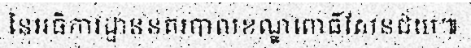
នៃអធិការដ្ឋាននគរបាលខណ្ឌពោធិ៍សែនជ័យ៕